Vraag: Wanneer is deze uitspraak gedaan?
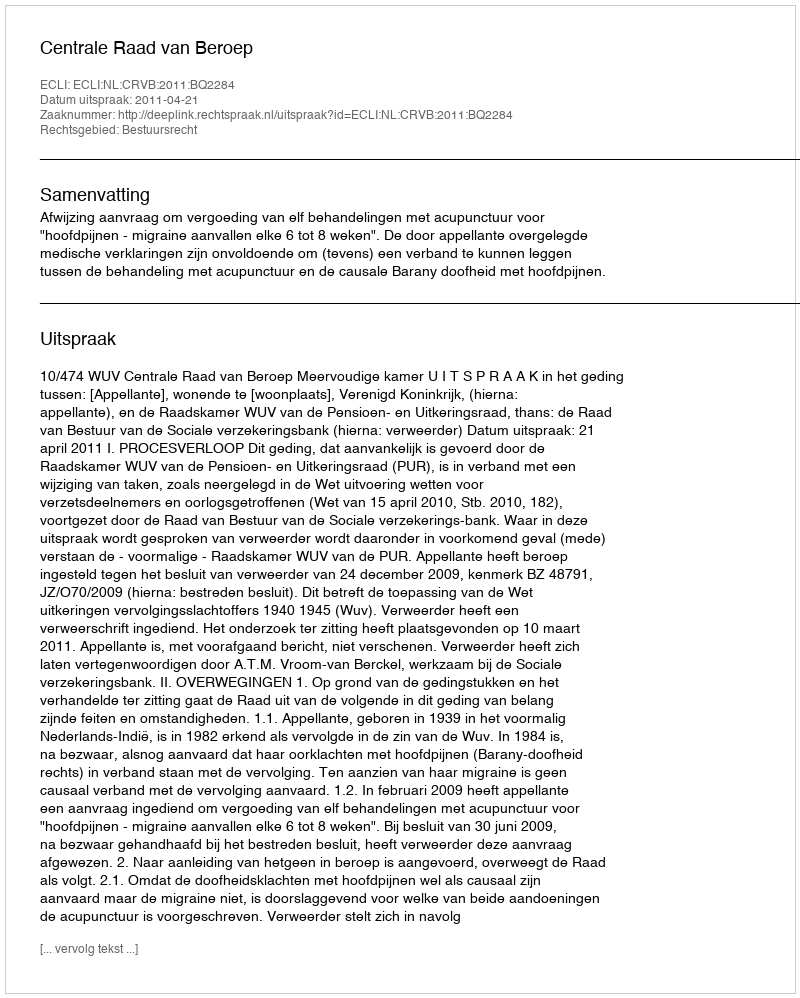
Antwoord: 2011-04-21